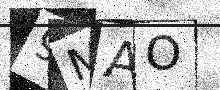
Text: 9MAO